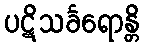
ပဋိသင်္ခရောန္တိ